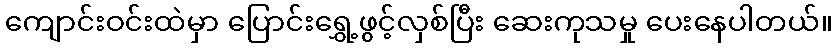
ကျောင်းဝင်းထဲမှာ ပြောင်းရွှေ့ဖွင့်လှစ်ပြီး ဆေးကုသမှု ပေးနေပါတယ်။